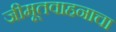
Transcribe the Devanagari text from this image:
जीमूतवाहनाचा